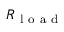
R _ { \mathrm { ~ l ~ o ~ a ~ d ~ } }